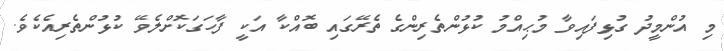
މި އުންމީދު ގުޅިފައިވާ މުޙިއްމު ކުޅުންތެރިންގެ ތެރޭގައި ބޮއްކާ އަކީ ފާހަގަކޮށްލެވޭ ކުޅުންތެރިއެކެވެ.